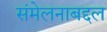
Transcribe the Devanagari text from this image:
संमेलनाबद्दल